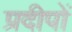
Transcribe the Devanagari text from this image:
प्रदीपों